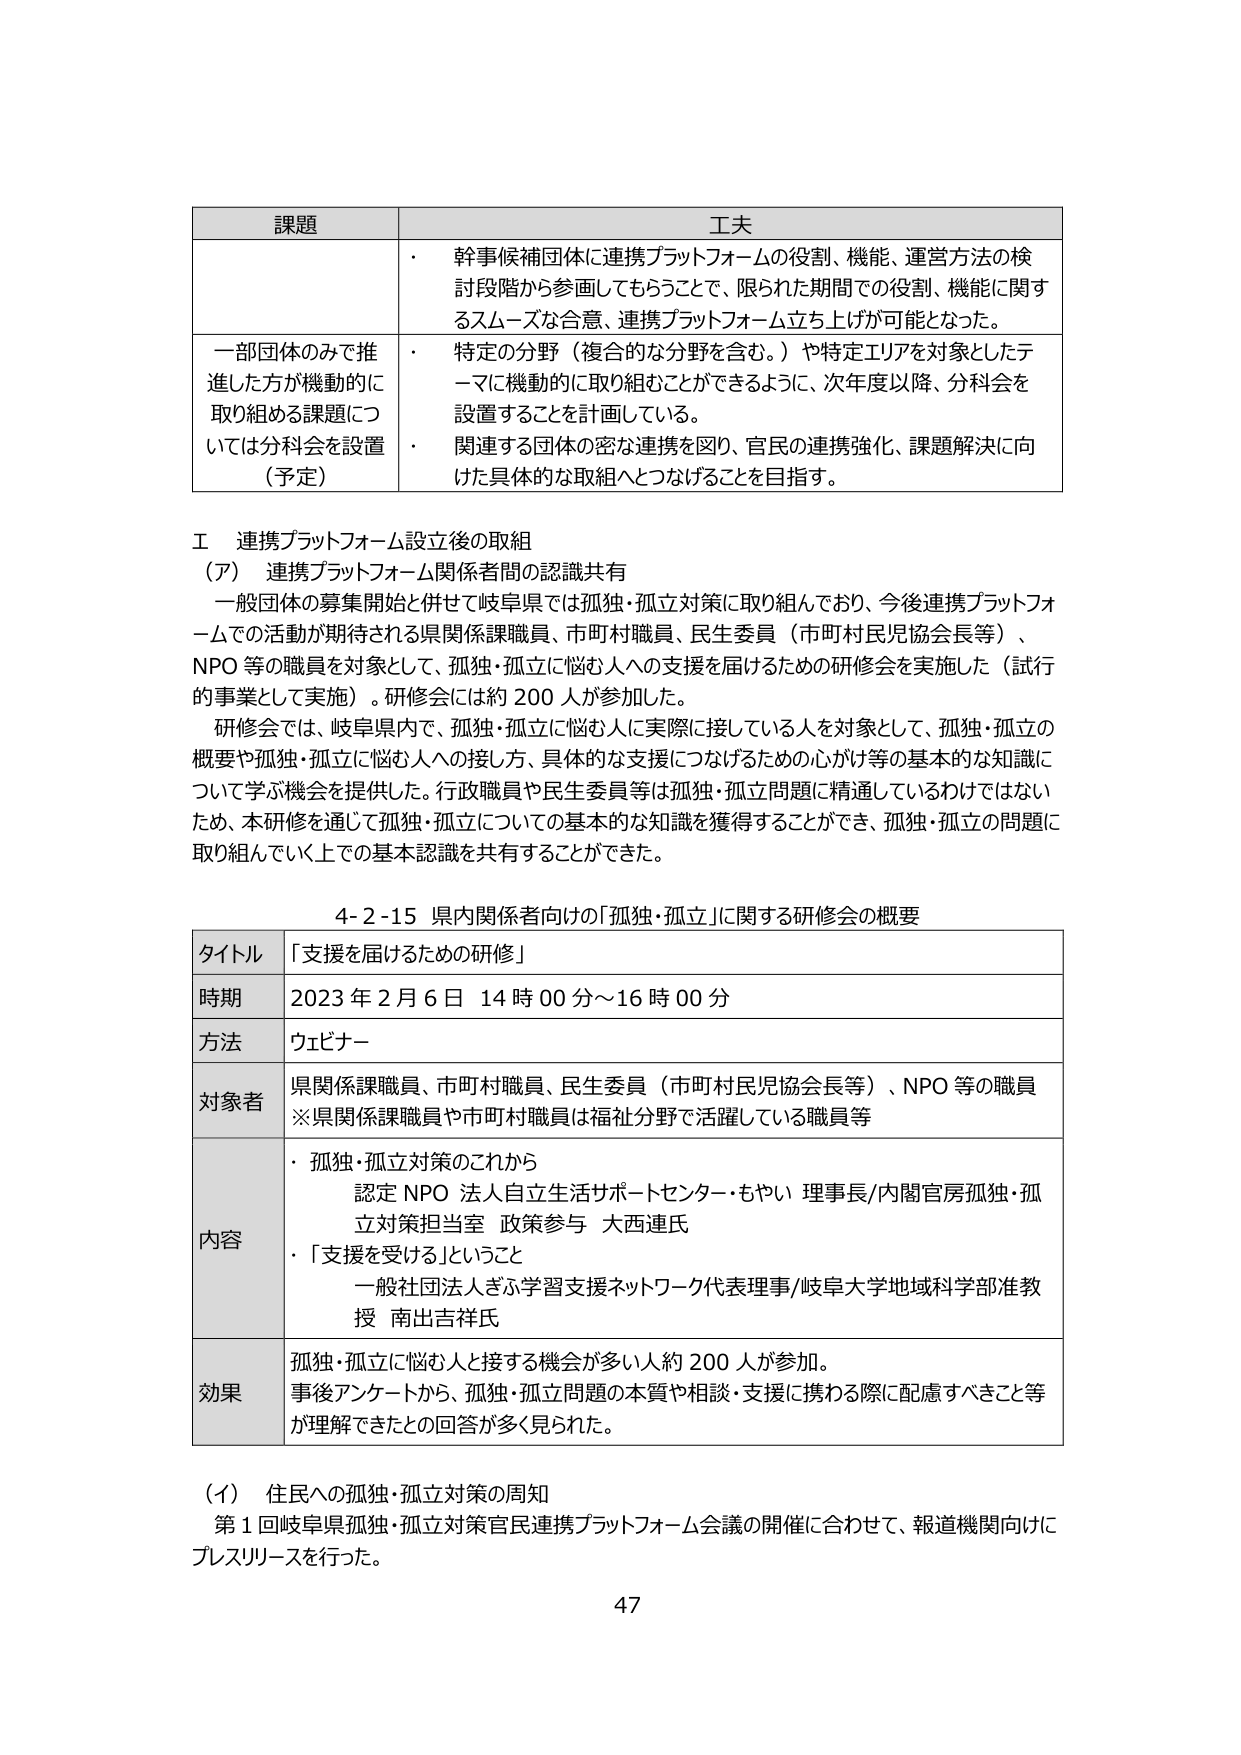
課題 工夫
・ 幹事候補団体に連携プラットフォームの役割、機能、運営方法の検討段階から参画してもらうことで、限られた期間での役割、機能に関するスムーズな合意、連携プラットフォーム立ち上げが可能となった。
一部団体のみで推進した方が機動的に取り組める課題については分科会を設置（予定）
・ 特定の分野（複合的な分野を含む。）や特定エリアを対象としたテーマに機動的に取り組むことができるように、次年度以降、分科会を設置することを計画している。
・ 関連する団体の密な連携を図り、官民の連携強化、課題解決に向けた具体的な取組へとつなげることを目指す。

Ⅰ 連携プラットフォーム設立後の取組
（ア） 連携プラットフォーム関係者間の認識共有
一般団体の募集開始と併せて岐阜県では孤独・孤立対策に取り組んでおり、今後連携プラットフォームでの活動が期待される県関係課職員、市町村職員、民生委員（市町村民児協会長等）、NPO 等の職員を対象として、孤独・孤立に悩む人への支援を届けるための研修会を実施した（試行的事業として実施）。研修会には約 200 人が参加した。
研修会では、岐阜県内で、孤独・孤立に悩む人に実際に接している人を対象として、孤独・孤立の概要や孤独・孤立に悩む人への接し方、具体的な支援につなげるための心がけ等の基本的な知識について学ぶ機会を提供した。行政職員や民生委員等は孤独・孤立問題に精通しているわけではないため、本研修を通じて孤独・孤立についての基本的な知識を獲得することができ、孤独・孤立の問題に取り組んでいく上での基本認識を共有することができた。

4-2-15 県内関係者向けの「孤独・孤立」に関する研修会の概要
タイトル 「支援を届けるための研修」
時期 2023 年 2 月 6 日 14 時 00 分～16 時 00 分
方法 ウェビナー
対象者 県関係課職員、市町村職員、民生委員（市町村民児協会長等）、NPO 等の職員
※県関係課職員や市町村職員は福祉分野で活躍している職員等
内容
・ 孤独・孤立対策のこれから
認定 NPO 法人自立生活サポートセンター・もやい 理事長/内閣官房孤独・孤立対策担当室 政策参与 大西連氏
・ 「支援を受ける」ということ
一般社団法人ぎふ学習支援ネットワーク代表理事/岐阜大学地域科学部准教授 南出吉祥氏
効果 孤独・孤立に悩む人と接する機会が多い人約 200 人が参加。
事後アンケートから、孤独・孤立問題の本質や相談・支援に携わる際に配慮すべきこと等が理解できたとの回答が多く見られた。

（イ） 住民への孤独・孤立対策の周知
第 1 回岐阜県孤独・孤立対策官民連携プラットフォーム会議の開催に合わせて、報道機関向けにプレスリリースを行った。
47